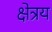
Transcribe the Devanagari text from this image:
क्षेत्रय